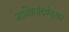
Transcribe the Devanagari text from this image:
भाषिकसंख्येनुसार